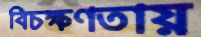
বিচক্ষণতায়